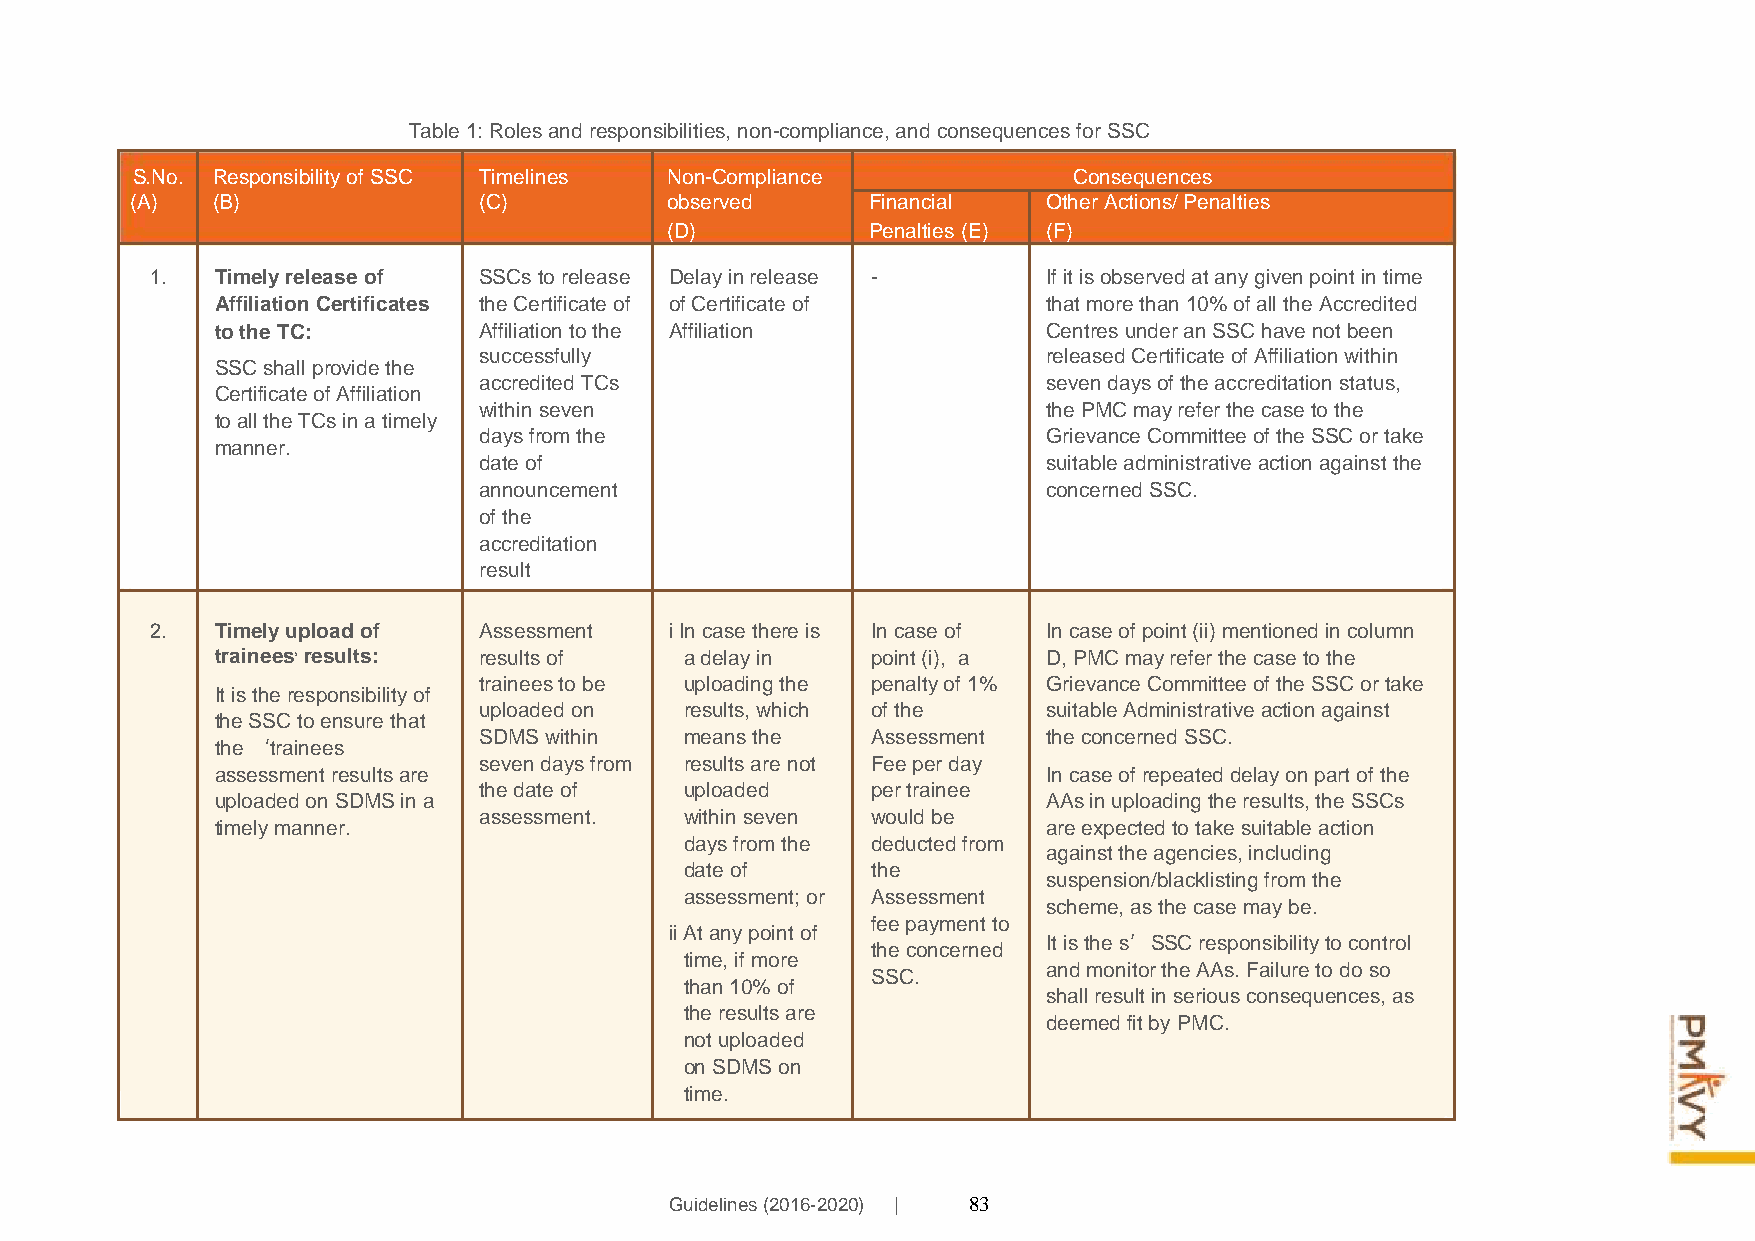
Table 1: Roles and responsibilities, non-compliance, and consequences for SSC
 S.No. Responsibility of SSC Timelines Non-Compliance          Consequences
 (A)  (B)               (C)         observed      Financial  Other Actions/ Penalties
 (D)           Penalties (E) (F)
 1.  Timely release of SSCs to release Delay in release -   If it is observed at any given point in time
 Affiliation Certificates the Certificate of of Certificate of that more than 10% of all the Accredited
 to the TC:        Affiliation to the Affiliation       Centres under an SSC have not been
 successfully                         released Certificate of Affiliation within
 SSC shall provide the
 accredited TCs                       seven days of the accreditation status,
 Certificate of Affiliation
 within seven                         the PMC may refer the case to the
 to all the TCs in a timely
 manner.
 days from the                        Grievance Committee of the SSC or take
 date of                              suitable administrative action against the
 announcement                         concerned SSC.
 of the
 accreditation
 result
 2.  Timely upload of  Assessment  i In case there is In case of In case of point (ii) mentioned in column
 trainees results: results of   a delay in   point (i), a D, PMC may refer the case to the
 trainees to be uploading the penalty of 1% Grievance Committee of the SSC or take
 It is the responsibility of
 uploaded on  results, which of the   suitable Administrative action against
 the SSC to ensure that
 SDMS within  means the    Assessment the concerned SSC.
 the ‘trainees
 seven days from results are not Fee per day
 assessment results are                                 In case of repeated delay on part of the
 the date of  uploaded     per trainee
 uploaded on SDMS in a                                  AAs in uploading the results, the SSCs
 assessment.  within seven would be
 timely manner.                                         are expected to take suitable action
 days from the deducted from
 against the agencies, including
 date of      the
 suspension/blacklisting from the
 assessment; or Assessment
 scheme, as the case may be.
 ii At any point of
 fee payment to
 t ti hm ae n, 1if
 0
 m %o ore
 f
 t Sh Se
 C
 c .o ncerned
 I
 a
 st
 h
 nis
 ad
 l
 t
 lm
 h re
 eo
 sns ui’
 t lo
 t
 rS
 in
 tS
 h
 sC
 e
 e
 rAr ie oAs usp s.o cFn oas nii lb sui erli
 e
 qty
 ut
 ot eo
 nd
 c coo
 e
 sn
 so
 ,t r ao sl
 the results are
 deemed fit by PMC.
 not uploaded
 on SDMS on
 time.
 Guidelines (2016-2020) | 83